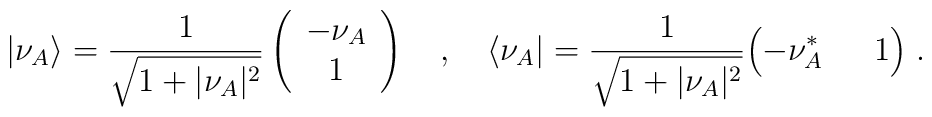
\vert\nu_A\rangle={1\over\sqrt{1+\vert\nu_A\vert^2}}\left(\begin{array}{c} -\nu_A \\ 1\end{array}\right)\quad,\quad\langle \nu_A\vert={1\over\sqrt{1+\vert\nu_A\vert^2}}\Bigl(-\nu_A^* \;\quad\; 1\Bigr)\;.